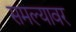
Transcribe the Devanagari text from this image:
समल्यावर